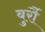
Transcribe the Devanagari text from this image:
बुर्रौ